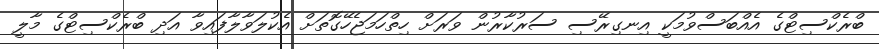
ބްރެކްސިޓްގެ އެއްބަސްވުމަކީ އިނގިރޭސި ސަރުކާރުން ވަރަށް ހިތްހަމަޖެހޭގޮތަށް އެކުލަވާލާފައިވާ އަދި ބްރެކްސިޓްގެ މާލީ